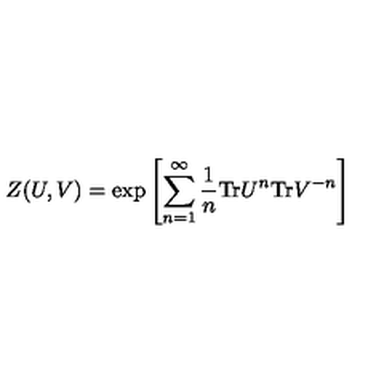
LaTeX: Z ( U , V ) = { \mathrm { e x p } } \left[ \sum _ { n = 1 } ^ { \infty } \frac { 1 } { n } { \mathrm { T r } } U ^ { n } { \mathrm { T r } } V ^ { - n } \right]